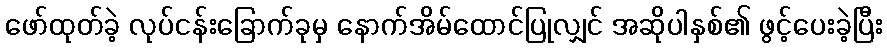
ဖော်ထုတ်ခဲ့ လုပ်ငန်းခြောက်ခုမှ နောက်အိမ်ထောင်ပြုလျှင် အဆိုပါနှစ်၏ ဖွင့်ပေးခဲ့ပြီး